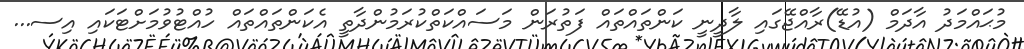
މުޙައްމަދު އާދަމް (އުޑޭ)ރާއްޖޭގައި ލާދީނީ ކަންތައްތައް ފަތުރަން މަސައްކަތްކުރަމުންދާތީ އެކަންތައްތައް ހުއްޓުވުމަށްޓަކައި އިސ...